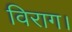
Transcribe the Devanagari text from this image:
विराग।